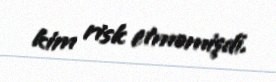
kim risk etməmişdi.